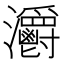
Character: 𤅪